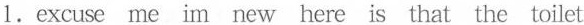
1.excuse me im new here is that the toilet